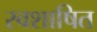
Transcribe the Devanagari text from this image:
स्वशाषित